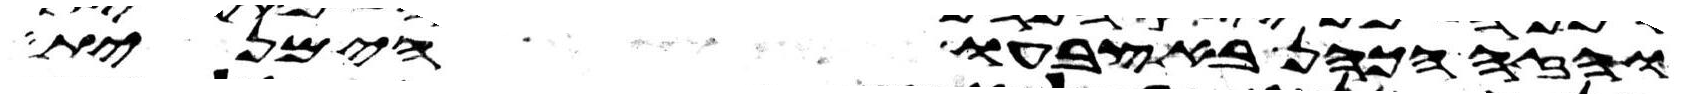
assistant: והזה הכהן באצבעו הימנית